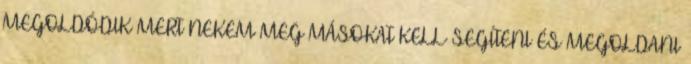
MEGOLDÓDIK MERT NEKEM MEG MÁSOKAT KELL SEGÍTENI ÉS MEGOLDANI